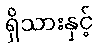
ရှိသားနှင့်